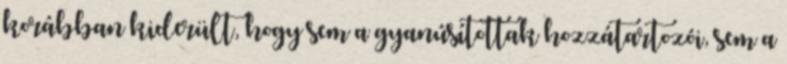
korábban kiderült, hogy sem a gyanúsítottak hozzátartozói, sem a